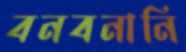
বনবনানি